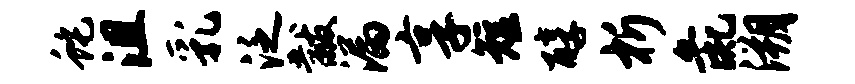
蛇沮乳泛黻漏享短醇析彘溯